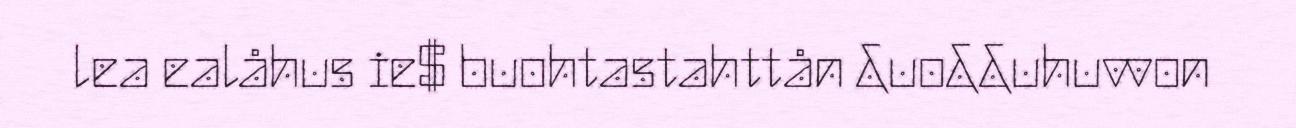
lea ealåhus ie$ buohtastahttån &uo&&uhuvvon